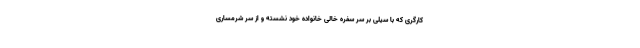
کارگری که با سیلی بر سر سفره خالی خانواده خود نشسته و از سر شرمساری